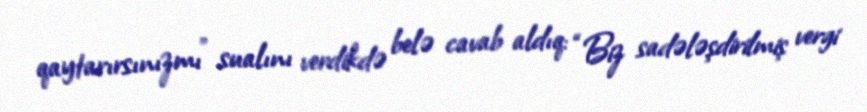
qaytarırsınızmı" sualını verdikdə belə cavab aldıq: “Biz sadələşdirilmiş vergi